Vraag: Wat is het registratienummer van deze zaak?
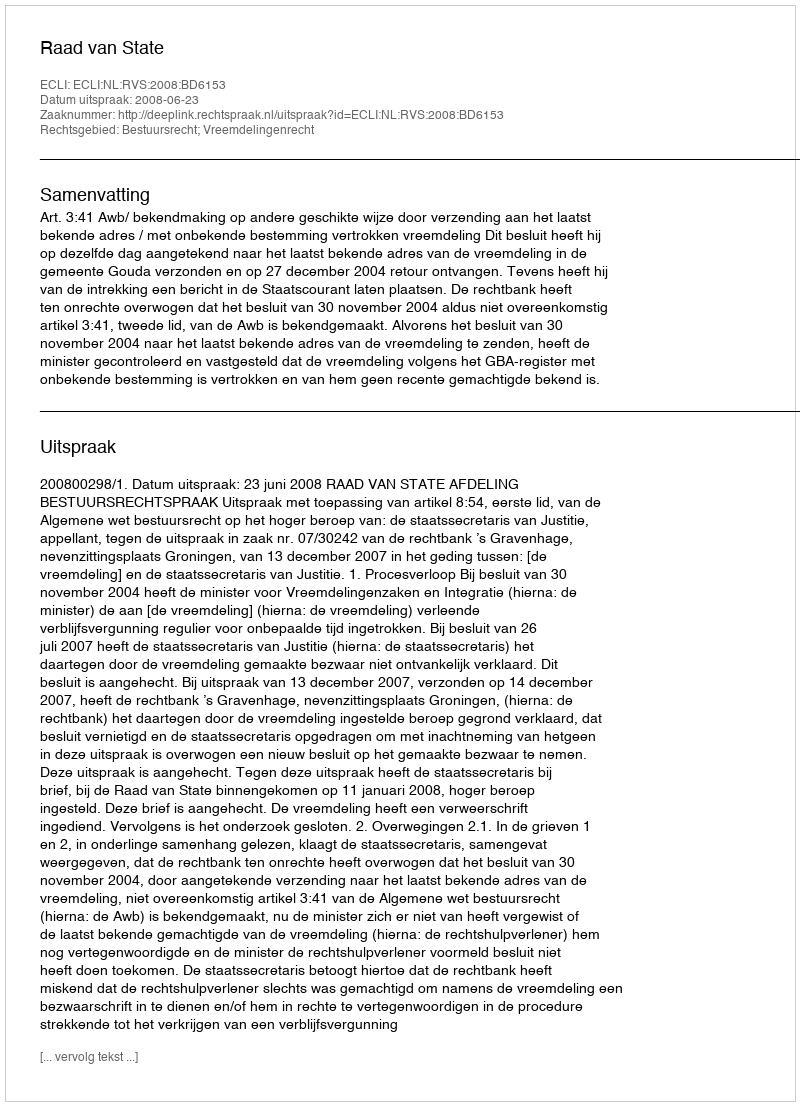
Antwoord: http://deeplink.rechtspraak.nl/uitspraak?id=ECLI:NL:RVS:2008:BD6153